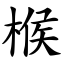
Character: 㮢